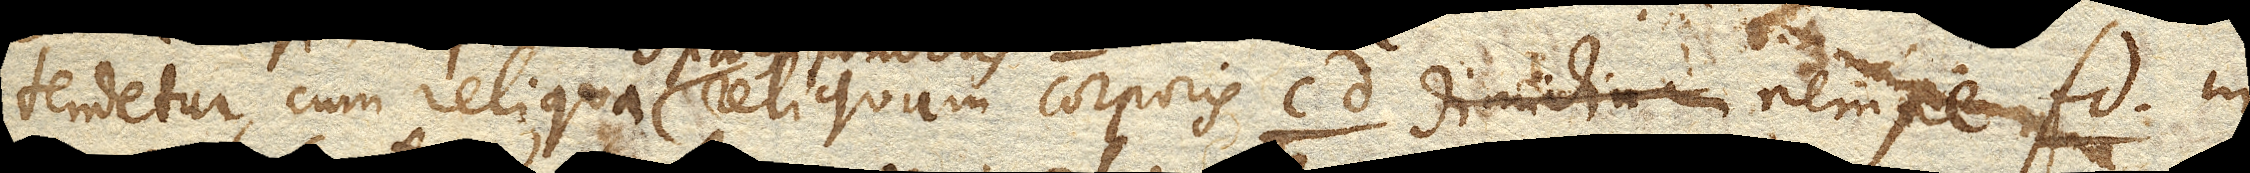
tendetur, cum reliqua reliquam corporis cd. dimidium nempe fd. in